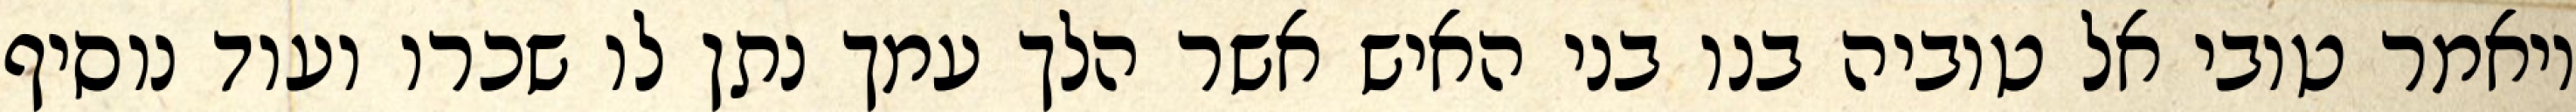
ויאמר טובי אל טוביה בנו בני האיש אשר הלך עמך נתן לו שכרו ועוד נוסיף